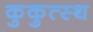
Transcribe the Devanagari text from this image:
कुकुत्स्थ